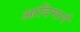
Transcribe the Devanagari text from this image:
आदिमार्ग